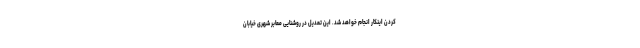
کردن اینکار انجام خواهد شد. این تعدیل در روشنایی معابر شهری خیابان